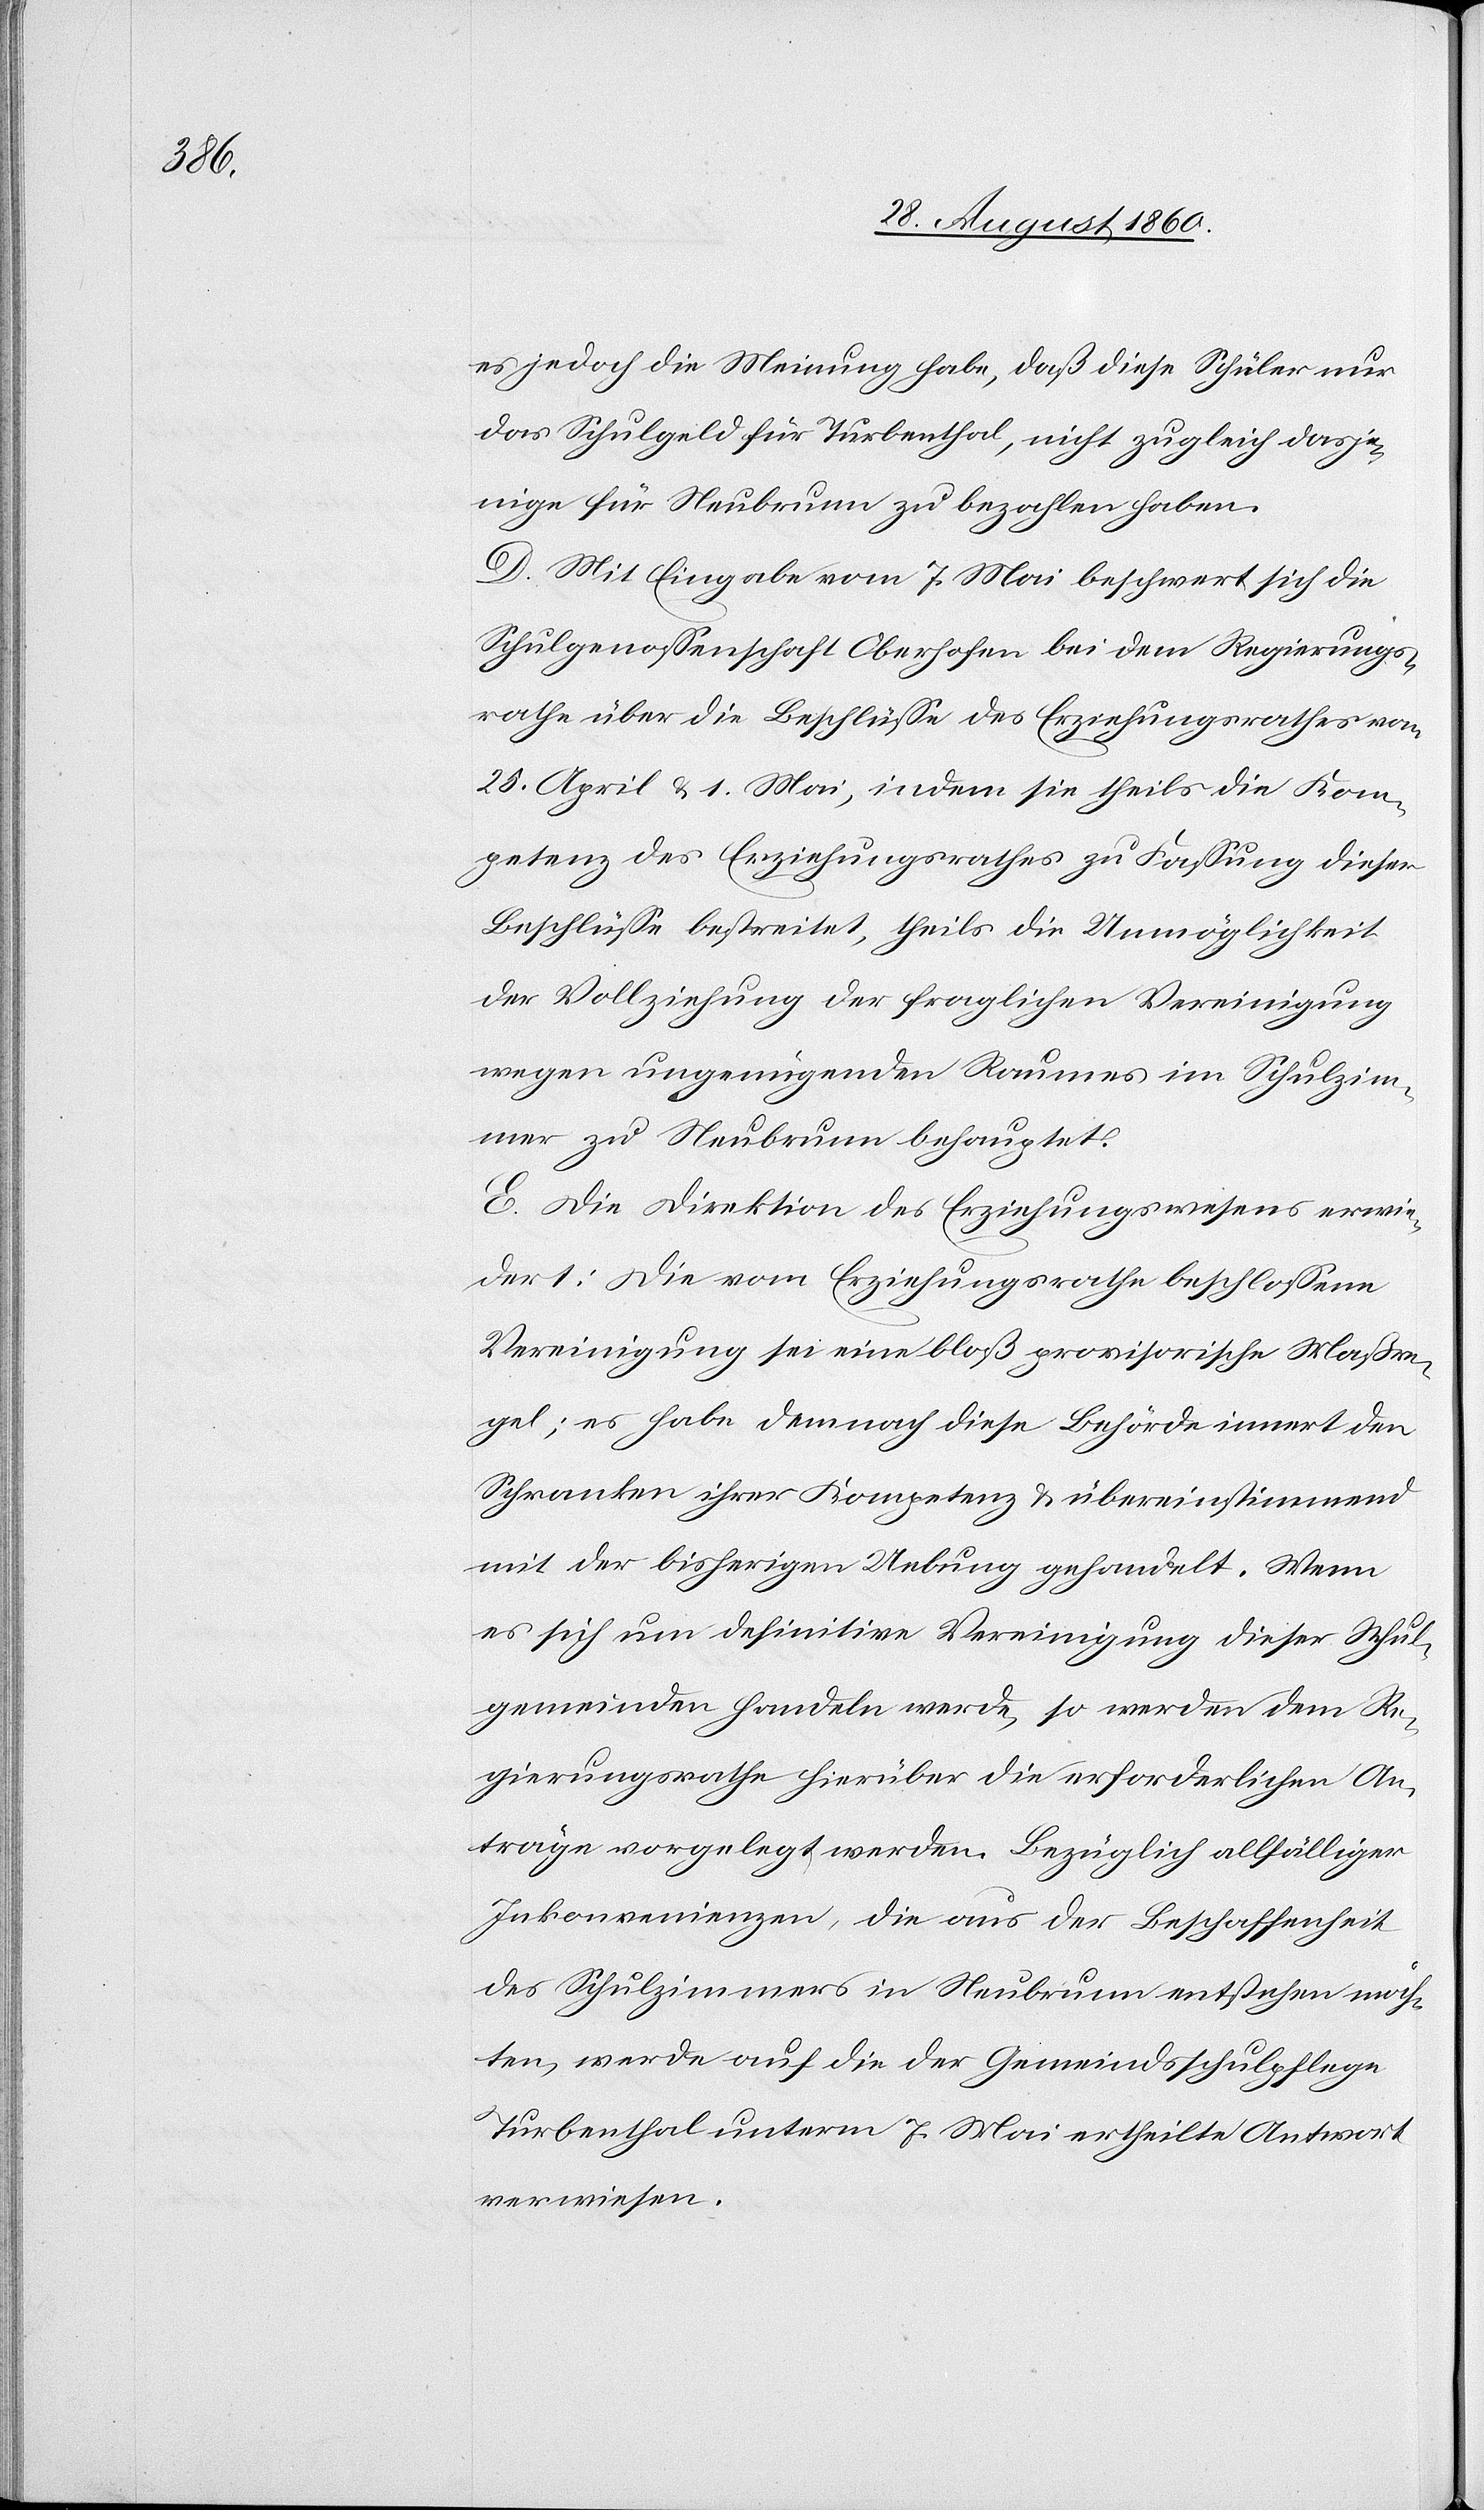
es jedoch die Meinung habe, dass diese Schüler nur
das Schulgeld für Turbenthal, nicht zugleich dasje¬
nige für Neubrunn zu bezahlen haben.
D. Mit Eingabe vom 7. Mai beschwert sich die
Schulgenossenschaft Oberhofen bei dem Regierungs¬
rathe über die Beschlüsse des Erziehungsrathes vom
25. April u. 1. Mai, indem sie theils die Kom¬
petenz des Erziehungsrathes zu Fassung dieser
Beschlüsse bestreitet, theils die Unmöglichkeit
der Vollziehung der fraglichen Vereinigung
wegen ungenügenden Raumes im Schulzim¬
mer zu Neubrunn behauptet.
E. Die Direktion des Erziehungswesens erwie¬
dert: Die vom Erziehungsrathe beschlossene
Vereinigung sei eine blos provisorische Massre¬
gel; es habe demnach diese Behörde innert den
Schranken ihrer Kompetenz u. übereinstimmend
mit der bisherigen Uebung gehandelt. Wenn
es sich um definitive Vereinigung dieser Schul¬
gemeinde handeln werde, so werden dem Re¬
gierungsrathe hierüber die erforderlichen An¬
träge vorgelegt werden. Bezüglich allfälliger
Inkonvenienzen, die aus der Beschaffenheit
des Schulzimmers in Neubrunn entstehen möch¬
ten, werde auf die der Gemeindsschulpflege
Turbenthal unterm 7. Mai ertheilte Antwort
verwiesen.